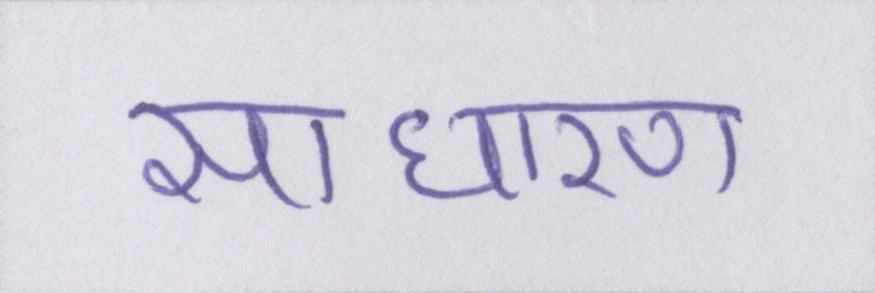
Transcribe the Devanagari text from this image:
साधारण